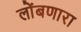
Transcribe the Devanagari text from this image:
लोंबणारा